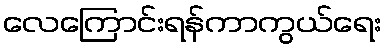
လေကြောင်းရန်ကာကွယ်ရေး